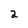
Character: 2